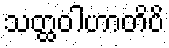
သတ္ထဝါဟာတိပိ